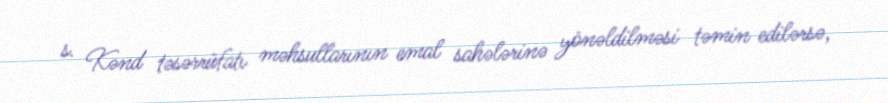
s. Kənd təsərrüfatı məhsullarının emal sahələrinə yönəldilməsi təmin edilərsə,